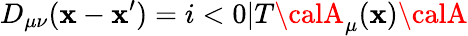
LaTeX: D_{\mu\nu}(\mathbf{x}-\mathbf{x}^{\prime})=i<0|T{\calA}_{\mu}(\mathbf{x}){\calA}